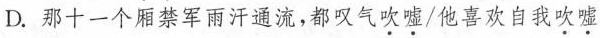
D.那十一个厢禁军雨汗通流，都叹气吹嘘/他喜欢自我吹嘘